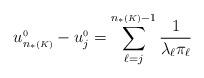
LaTeX: \begin{align*}u_{n_*{\scriptscriptstyle (K)}}^{{\scriptscriptstyle 0}}-u_j^{{\scriptscriptstyle 0}} = \sum_{\ell=j}^{n_*{\scriptscriptstyle (K)}-1} \frac{1}{\lambda_\ell\pi_\ell}\end{align*}